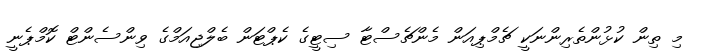
މި ތިން ކުޅުންތެރިންނަކީ ޗެމްޕިއަން މެންޗެސްޓާ ސިޓީގެ ކެޕްޓަން ބެލްޖިއަމްގެ ވިންސެންޓް ކޮމްޕެނީ